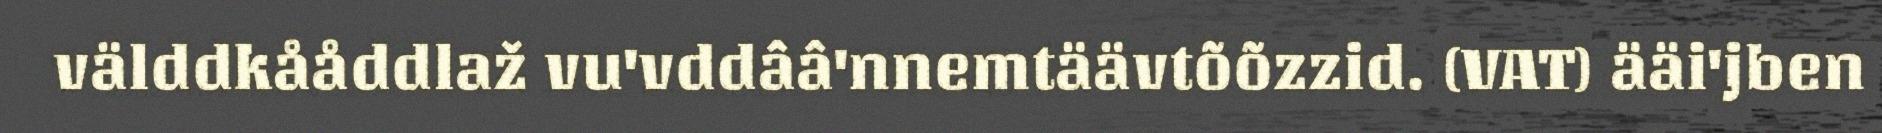
välddkååddlaž vu'vddââ'nnemtäävtõõzzid. (VAT) ääi'jben